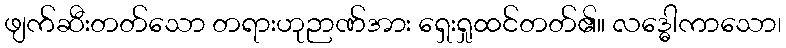
ဖျက်ဆီးတတ်သော တရားဟုဉာဏ်အား ရှေးရှုထင်တတ်၏။ လဒ္ဓေါကာသော၊